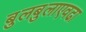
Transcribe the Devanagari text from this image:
बुलबुलाएवढा